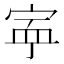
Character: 𡨴